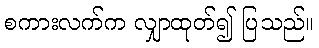
စကားလက်က လျှာထုတ်၍ ပြသည်။